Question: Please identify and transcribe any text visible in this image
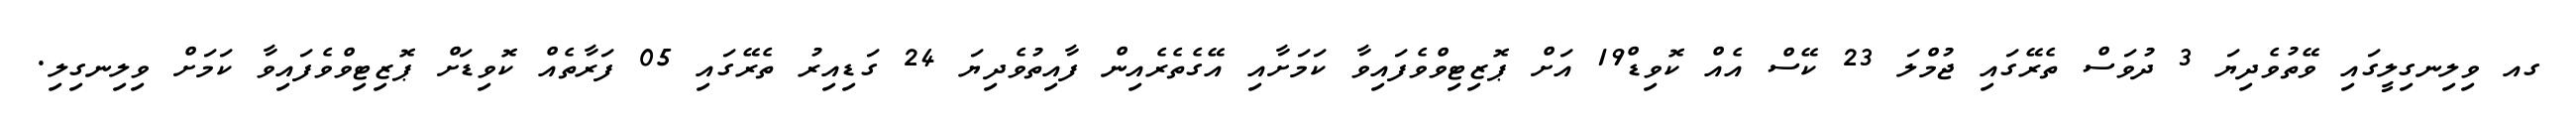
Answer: ގއ ވިލިނގިލީގައި ވޭތުވެދިޔަ 3 ދުވަސް ތެރޭގައި ޖުމްލަ 23 ކޭސް އެއް ކޮވިޑް19 އަށް ޕޮޒިޓިވްވެފައިވާ ކަމަށާއި އޭގެތެރެއިން ފާއިތުވެދިޔަ 24 ގަޑިއިރު ތެރޭގައި 05 ފަރާތެއް ކޮވިޑަށް ޕޮޒިޓިވްވެފައިވާ ކަމަށް ވިލިނގިލި.